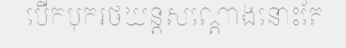
បើកបុករថយន្តសណ្តោងនោះតែ